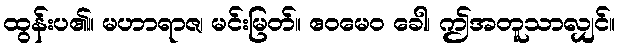
ထွန်းပ၏။ မဟာရာဇ၊ မင်းမြတ်။ ဧဝမေဝ ခေါ၊ ဤအတူသာလျှင်။